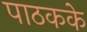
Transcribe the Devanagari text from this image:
पाठकके